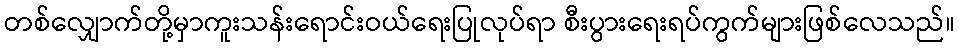
တစ်လျှောက်တို့မှာကူးသန်းရောင်းဝယ်ရေးပြုလုပ်ရာ စီးပွားရေးရပ်ကွက်များဖြစ်လေသည်။